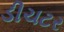
ડીચટર